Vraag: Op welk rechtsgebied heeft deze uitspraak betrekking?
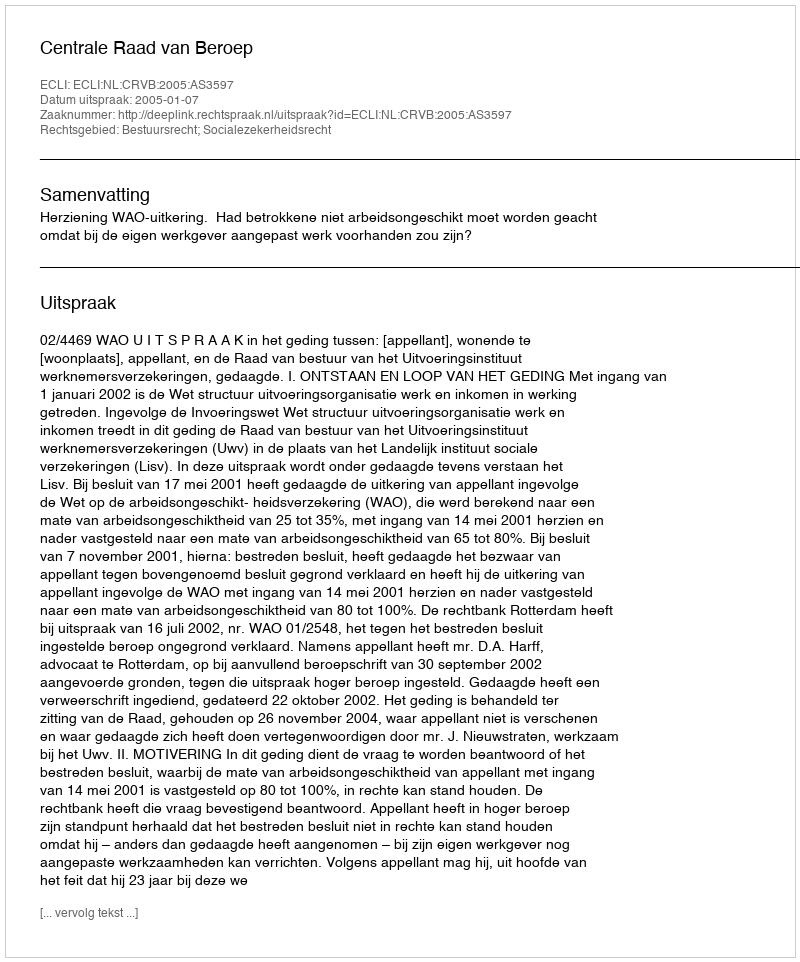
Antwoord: Bestuursrecht; Socialezekerheidsrecht